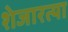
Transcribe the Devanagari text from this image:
शेजारत्या